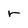
Character: r